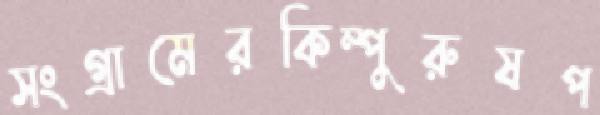
সংগ্রামেরকিম্পুরুষপ